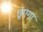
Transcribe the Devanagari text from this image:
छूएगा